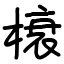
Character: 榱